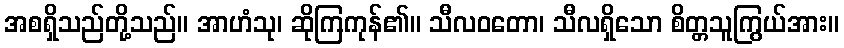
အစရှိသည်တို့သည်။ အာဟံသု၊ ဆိုကြကုန်၏။ သီလဝတော၊ သီလရှိသော စိတ္တသူကြွယ်အား။